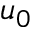
u _ { 0 }